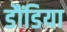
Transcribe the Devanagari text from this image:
डौंडिया